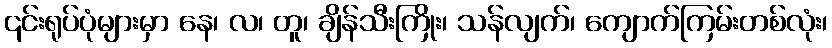
၎င်းရုပ်ပုံများမှာ နေ၊ လ၊ တူ၊ ချိန်သီးကြိုး၊ သန်လျက်၊ ကျောက်ကြမ်းတစ်လုံး၊